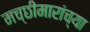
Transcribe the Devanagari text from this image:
मच्छीमारांच्या